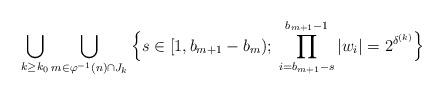
LaTeX: \begin{align*}\bigcup_{k\ge k_0}\bigcup_{m\in \varphi^{-1}(n)\cap J_k}\Big\{s\in [1,b_{m+1}-b_m);\; \prod_{i=b_{m+1}-s}^{b_{m+1}-1}|w_{i}|= 2^{\delta^{(k)}}\Big\}\end{align*}